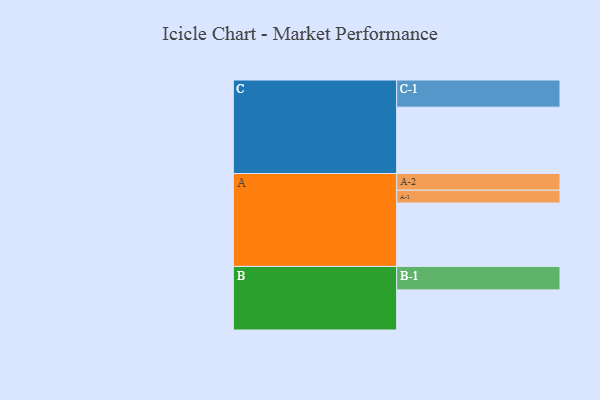
{"axis": {"x": "Segment", "y": "Value"}, "legend": ["", "A", "B", "C"], "data": [{"x": "A", "y": 574, "type": ""}, {"x": "B", "y": 363, "type": ""}, {"x": "C", "y": 600, "type": ""}, {"x": "A-1", "y": 116, "type": "A"}, {"x": "A-2", "y": 151, "type": "A"}, {"x": "B-1", "y": 212, "type": "B"}, {"x": "C-1", "y": 246, "type": "C"}]}